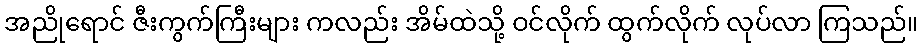
အညိုရောင် ဇီးကွက်ကြီးများ ကလည်း အိမ်ထဲသို့ ဝင်လိုက် ထွက်လိုက် လုပ်လာ ကြသည်။